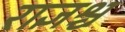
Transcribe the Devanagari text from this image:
राज्ञश्च